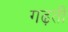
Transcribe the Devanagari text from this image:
गढ़ती